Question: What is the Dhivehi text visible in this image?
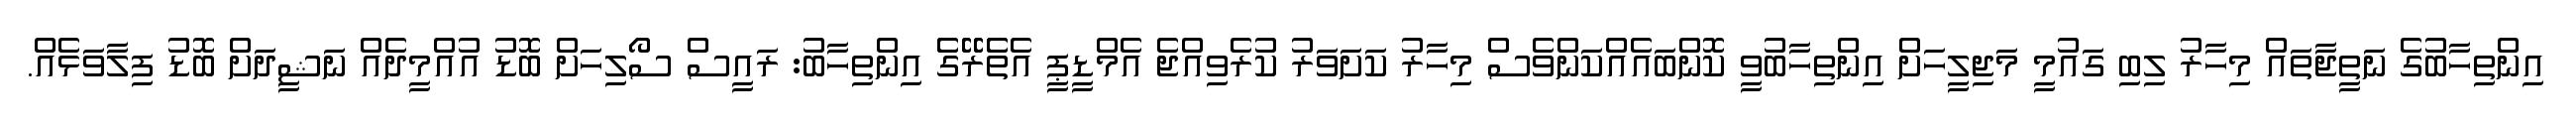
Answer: އިންތިހާބުގެ ނަތީޖާތައް މިހާރު ލިބި ގައުމީ މަޖިލީހަށް އިންތިހާބުވީ ކޮންބައެއްކަންވެސް މިހާރު ކަށަވަރު ކުރެވިއްޖެ އެމްޑީޕީ އެތެެރޭޭގެެ އިންތިހާބު: ރައީސް ސޯލިހަށް ބޮޑު އުއްމީދެއް ނަޝީދަށް ބޮޑު ފިލާވަޅެއް.